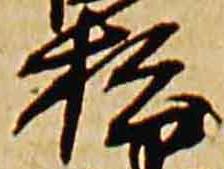
松